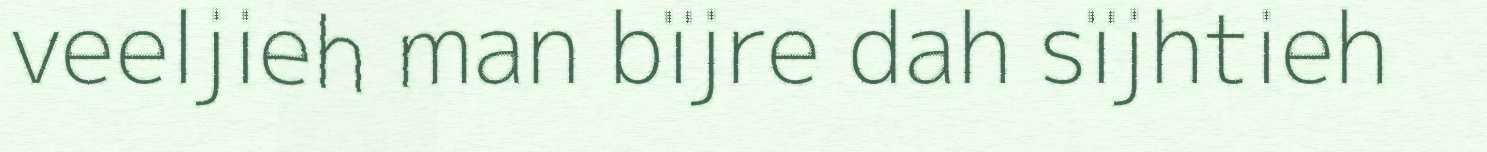
veeljieh man bïjre dah sïjhtieh